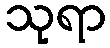
သုရာ